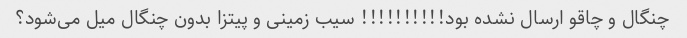
چنگال و چاقو ارسال نشده بود!!!!!!!!!! سیب زمینی و پیتزا بدون چنگال میل می‌شود؟